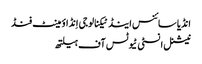
انڈیا سائنس اینڈ ٹیکنالوجی اِنڈاؤمینٹ فنڈ
نیشنل انسٹی ٹیوٹس آف ہیلتھ